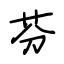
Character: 芬